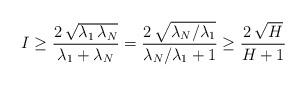
LaTeX: \begin{align*}I\ge \frac{2\, \sqrt{\lambda_1\, \lambda_N}}{\lambda_1+\lambda_N}= \frac{2\, \sqrt{\lambda_N/ \lambda_1}}{\lambda_N/\lambda_1+1}\ge \frac{2\, \sqrt{H}}{H+1} \end{align*}